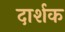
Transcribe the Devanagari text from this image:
दार्शक